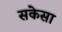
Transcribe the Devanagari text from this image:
सकेसा